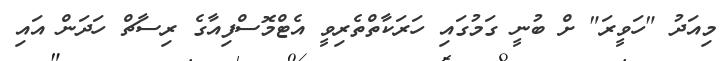
މިއަދު "ހަވީރަ" ށް ބުނީ ގަމުގައި ހަރަކާތްތެރިވީ އެޓްމޮސްފިއާގެ ރިސާޗް ހަދަން އައި